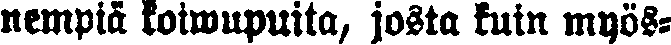
nempiä koiwupuita, josta kuin myös-